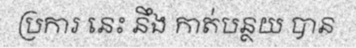
ប្រការ នេះ នឹង កាត់បន្ថយ បាន